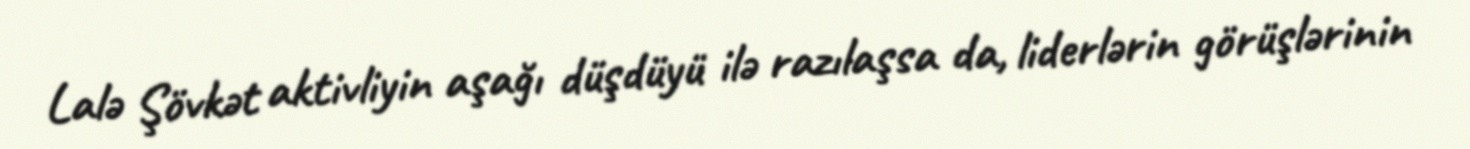
Lalə Şövkət aktivliyin aşağı düşdüyü ilə razılaşsa da, liderlərin görüşlərinin